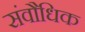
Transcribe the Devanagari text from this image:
संवौधिक